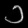
Digit: ၁